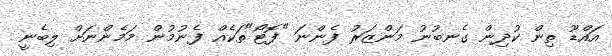
އައްޑޫ ތިން ކުދިން ގެނބުނު މަންޒަރު ފެންނަ "ފޮޓޯ"ތަކެއް ފެނުމުން މަމެންނަށް ލިބެނީ